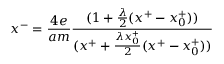
x ^ { - } = { \frac { 4 e } { a m } } { \frac { ( 1 + { \frac { \lambda } { 2 } } ( x ^ { + } - x _ { 0 } ^ { + } ) ) } { ( x ^ { + } + { \frac { \lambda x _ { 0 } ^ { + } } { 2 } } ( x ^ { + } - x _ { 0 } ^ { + } ) ) } }